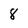
Character: 8